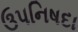
ઉપનિષદા